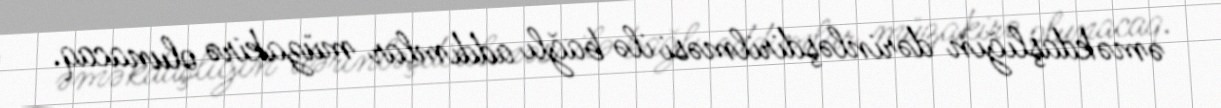
əməkdaşlığın dərinləşdirilməsi ilə bağlı addımlar müzakirə olunacaq.